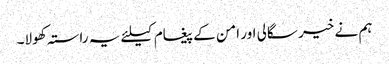
ہم نے خیر سگالی اور امن کے پیغام کیلئے یہ راستہ کھولا۔